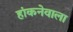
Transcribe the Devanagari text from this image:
हांकनेवाला